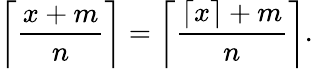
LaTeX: \left\lceil{\frac{x+m}{n}}\right\rceil=\left\lceil{\frac{\lceil x\rceil+m}{n}}\right\rceil.